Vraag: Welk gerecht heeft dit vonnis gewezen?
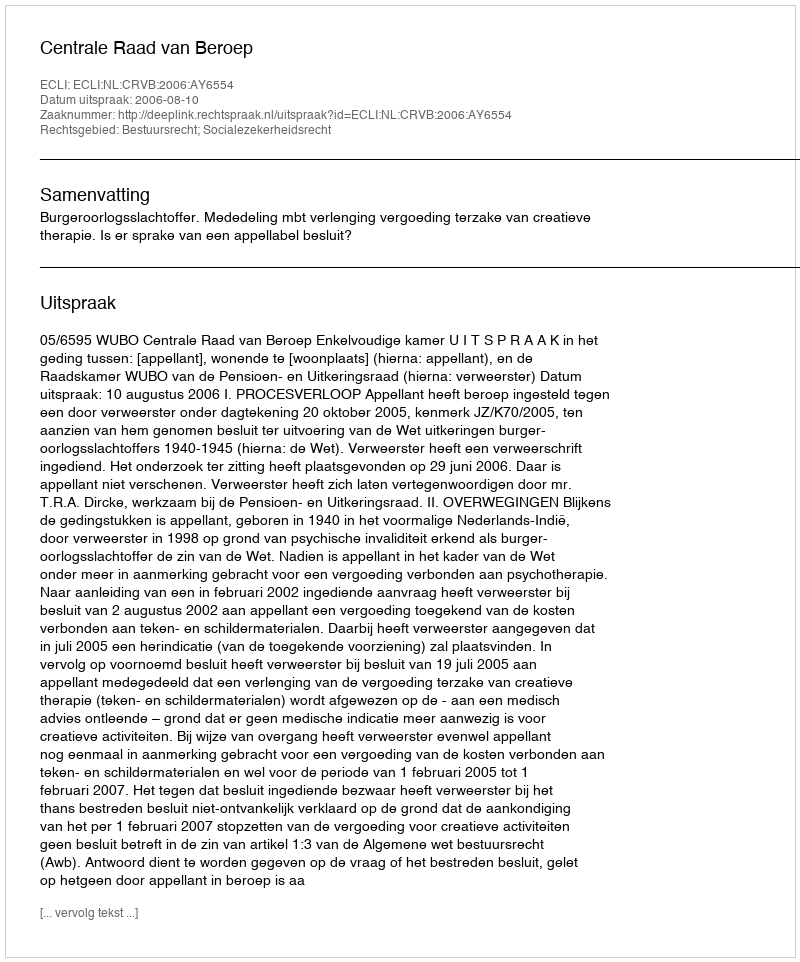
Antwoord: Centrale Raad van Beroep